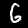
Label: 6